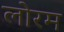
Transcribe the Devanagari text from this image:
लोरम